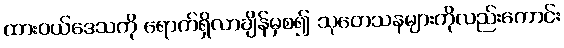
ထားဝယ်ဒေသကို ရောက်ရှိလာချိန်မှစ၍ သုတေသနများကိုလည်းကောင်း